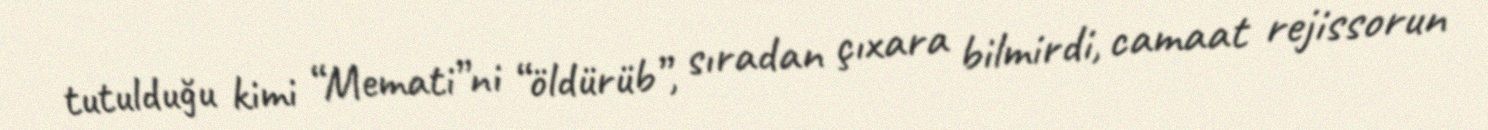
tutulduğu kimi “Memati”ni “öldürüb”, sıradan çıxara bilmirdi, camaat rejissorun